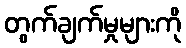
တွက်ချက်မှုများကို